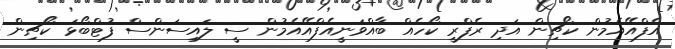
އެފްއޭއެމުން ކޯޗިން އަދި ރެފްރީ ކޯހެއް ބާއްވަނީއެފްއޭއެމުން ސީ ލައިސަންސް ފުޓްބޯޅަ ކޯޗިން